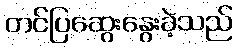
တင်ပြဆွေးနွေးခဲ့သည်